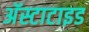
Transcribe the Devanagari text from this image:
अॅस्टाटाइड